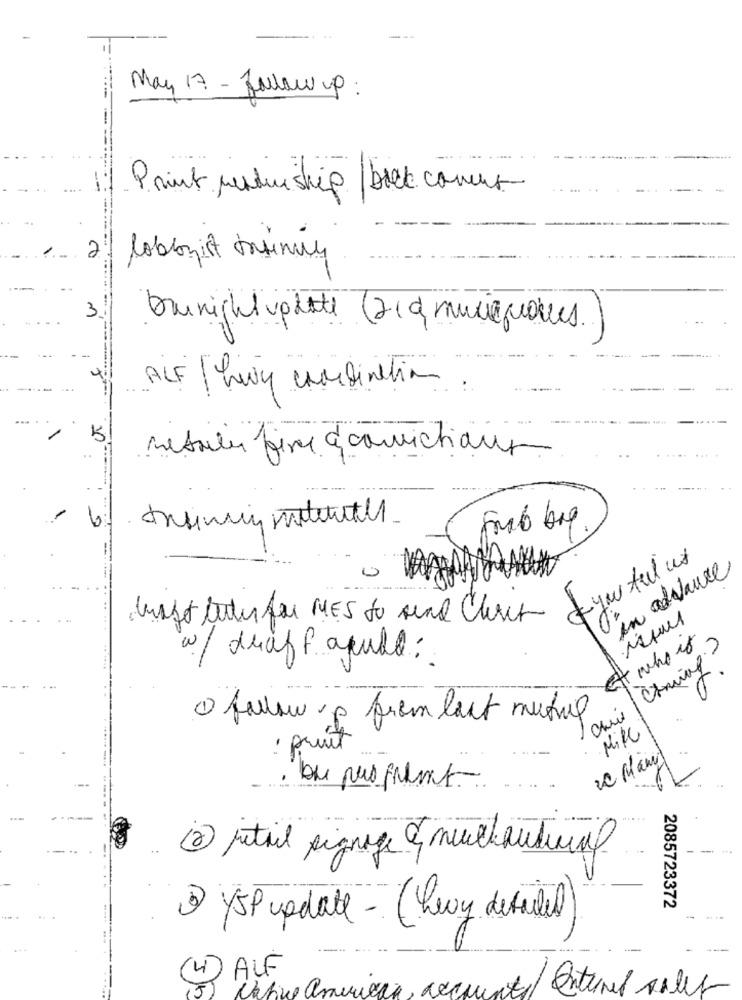
May 17 - follow up :
Print perduiship bock comes
2
lobbyist funny
3
Dunicht update (21) musiquenes.
ALF |hey combination.
5
metales fire à convictions
- you tul us
in advance
ett who is
w/draff apull:
1 follow up from last muting
: pruit
Mill
20 Many
2) jutil signage & muchautil
2085723372
3) YSP update - (Lewy detailed
4 ALF
Native american, acquinatal Internet on.